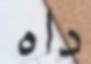
داه